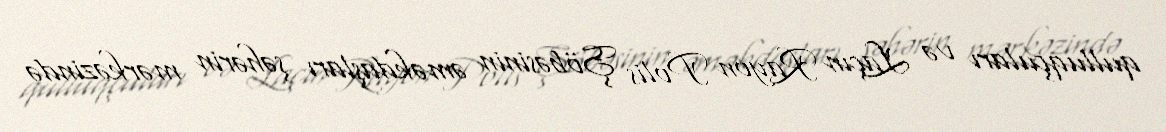
qulluqçuları və Laçın Rayon Polis Şöbəsinin əməkdaşları şəhərin mərkəzində